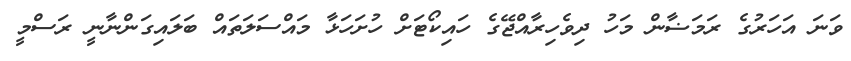
ވަނަ އަހަރުގެ ރަމަޟާން މަހު ދިވެހިރާއްޖޭގެ ހައިކޯޓަށް ހުށަހަޅާ މައްސަލަތައް ބަލައިގަންނާނީ ރަސްމީ